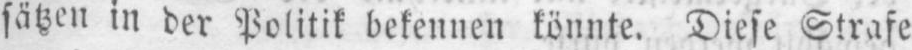
sätzen in der Politik bekennen könnte. Diese Strafe